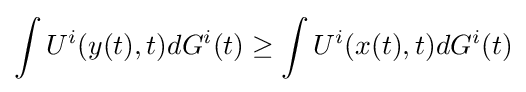
\int U^{i}(y(t),t)dG^{i}(t)\geq \int U^{i}(x(t),t)dG^{i}(t)